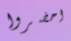
احضروا